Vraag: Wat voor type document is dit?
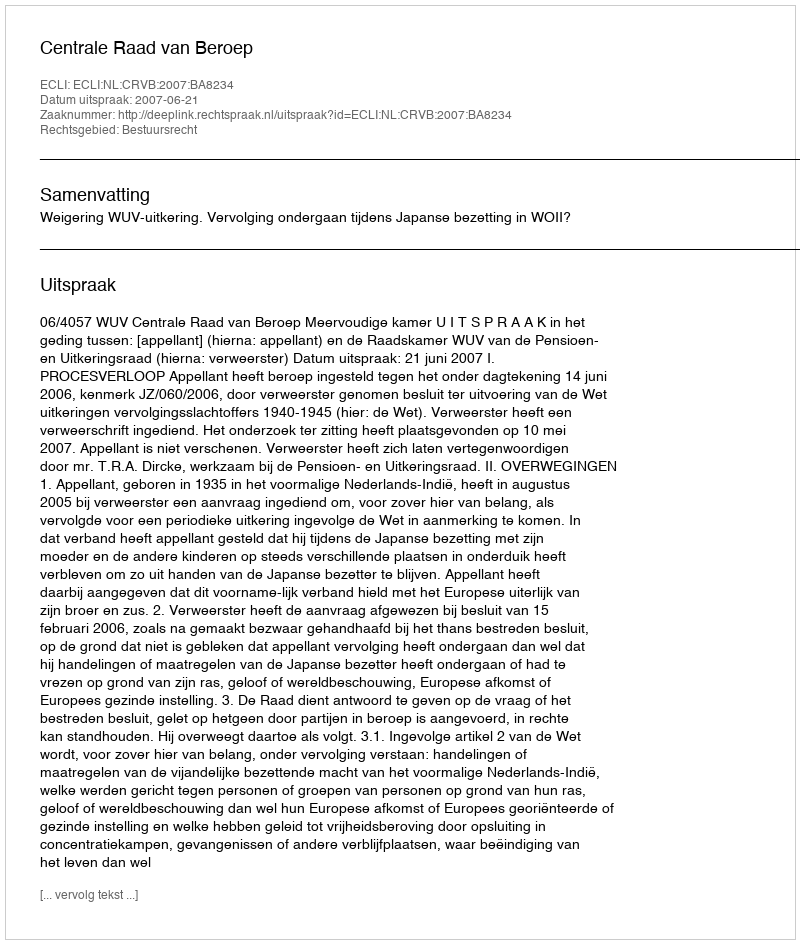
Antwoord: Uitspraak